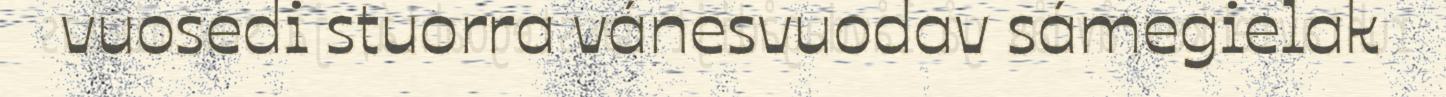
vuosedi stuorra vánesvuodav sámegielak